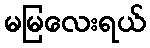
မမြလေးရယ်